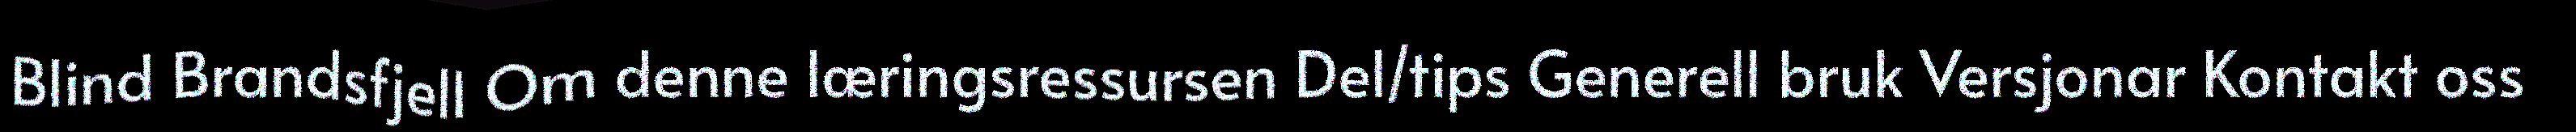
Blind Brandsfjell Om denne læringsressursen Del/tips Generell bruk Versjonar Kontakt oss